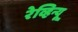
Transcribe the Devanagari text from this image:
रेव्हिन्यू